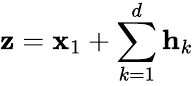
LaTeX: {\mathbf z}={\mathbf x}_{1}+\sum_{k=1}^{d}{\mathbf h}_{k}